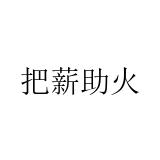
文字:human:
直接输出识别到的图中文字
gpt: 把薪助火